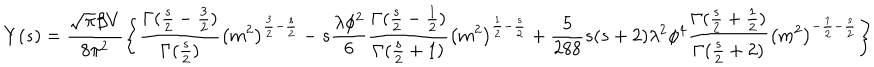
LaTeX: Y ( s ) = \frac { \sqrt { \pi } \beta V } { 8 \pi ^ { 2 } } \left\{ \frac { \Gamma ( \frac { s } { 2 } - \frac { 3 } { 2 } ) } { \Gamma ( \frac { s } { 2 } ) } \left( m ^ { 2 } \right) ^ { \frac { 3 } { 2 } - \frac { s } { 2 } } - s \frac { \lambda \phi ^ { 2 } } { 6 } \frac { \Gamma ( \frac { s } { 2 } - \frac { 1 } { 2 } ) } { \Gamma ( \frac { s } { 2 } + 1 ) } \left( m ^ { 2 } \right) ^ { \frac { 1 } { 2 } - \frac { s } { 2 } } + \frac { 5 } { 2 8 8 } s ( s + 2 ) \lambda ^ { 2 } \phi ^ { 4 } \frac { \Gamma ( \frac { s } { 2 } + \frac { 1 } { 2 } ) } { \Gamma ( \frac { s } { 2 } + 2 ) } \left( m ^ { 2 } \right) ^ { - \frac { 1 } { 2 } - \frac { s } { 2 } } \right\}